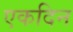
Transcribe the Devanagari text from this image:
एकदिन